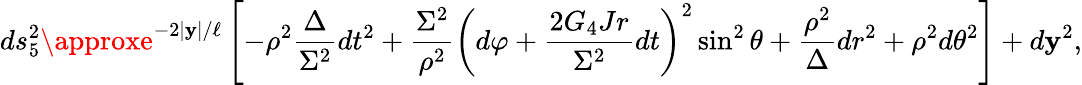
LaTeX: ds_{5}^{2}\approxe^{-2|\mathbf{y}|/\ell}\left[-\rho^{2}\frac{{\Delta}}{{\Sigma^{2}}}dt^{2}+\frac{{\Sigma^{2}}}{{\rho^{2}}}\left(d\varphi+\frac{{2G_{4}Jr}}{{\Sigma^{2}}}dt\right)^{2}\sin^{2}{\theta}+\frac{{\rho^{2}}}{{\Delta}}dr^{2}+\rho^{2}d\theta^{2}\right]+d\mathbf{y}^{2},